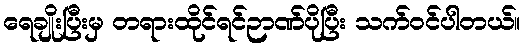
ရေချိုးပြီးမှ တရားထိုင်ရင်ဉာဏ်ပိုပြီး သက်ဝင်ပါတယ်။